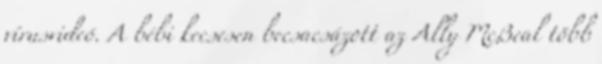
vírusvideó. A bébi kecsesen becsacsázott az Ally McBeal több